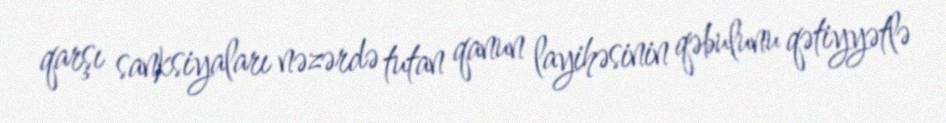
qarşı sanksiyaları nəzərdə tutan qanun layihəsinin qəbulunu qətiyyətlə